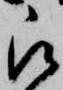
被